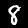
Digit: 8